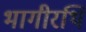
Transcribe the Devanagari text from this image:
भागीरथि